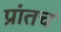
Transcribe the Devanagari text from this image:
प्रांतच